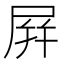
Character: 屛